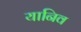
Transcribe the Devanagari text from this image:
यानिव